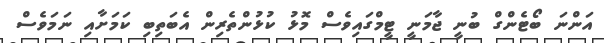
އަންނަ ބޯޓެންގް ބުނީ ޖާމަނީ ޓީމްގައިވެސް މޮޅު ކުޅުންތެރިން އެބަތިބި ކަމަށާއި ނަމަވެސް